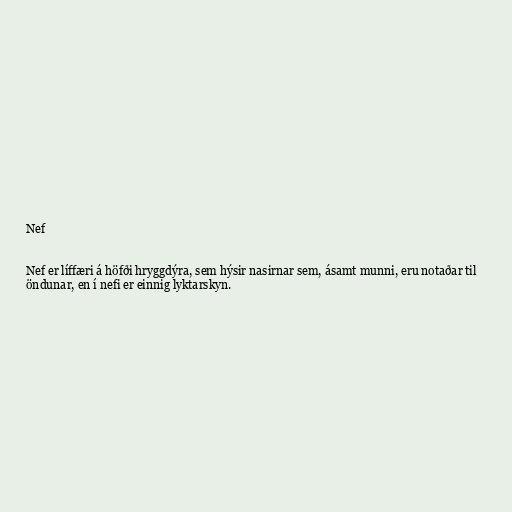
Nef

Nef er líffæri á höfði hryggdýra, sem hýsir nasirnar sem, ásamt munni, eru notaðar til
öndunar, en í nefi er einnig lyktarskyn.